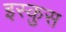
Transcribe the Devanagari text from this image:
इस्कुस